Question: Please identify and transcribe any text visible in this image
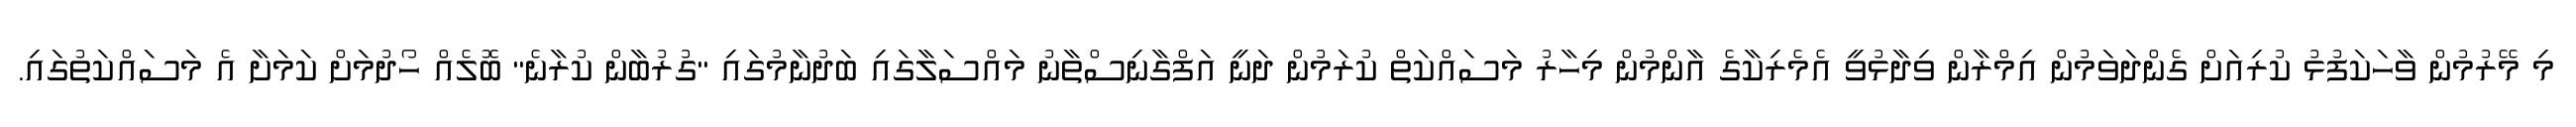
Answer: މި މޭރުމުން ވާހަކަފުޅު ކުރިއަށް ގެންދަވަމުން އިމްރާން ވިދާޅުވީ އެމެރިކާގެ އާންމުން މިހާރު މަސައްކަތް ކުރަމުން ދަނީ އަފްގާނިސްތާނު މައްސަލާގައި ބަދުނާމުގައި "ގުރުބާން ކުރާނެ" ބޮލެއް ހޯދުމަށް ކަމަށާ އެ މަސައްކަތުގައި.